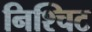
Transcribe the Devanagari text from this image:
निश्चिट